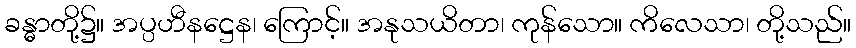
ခန္ဓာတို့၌။ အပ္ပဟီနဋ္ဌေန၊ ကြောင့်။ အနုသယိတာ၊ ကုန်သော။ ကိလေသာ၊ တို့သည်။